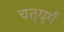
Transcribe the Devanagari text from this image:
चतुयुर्गं